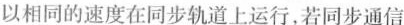
以相同的速度在同步轨道上运行，若同步通信